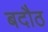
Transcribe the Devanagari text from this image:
बदौठ